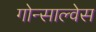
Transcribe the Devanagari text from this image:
गोन्साल्वेस